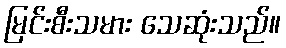
မြင်းစီးသမား သေဆုံးသည်။